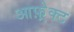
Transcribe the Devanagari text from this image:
आफ़्रेक्ट